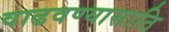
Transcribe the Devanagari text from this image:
वाढवण्यासाठि